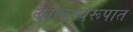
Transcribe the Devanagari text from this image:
बालस्वरूपात